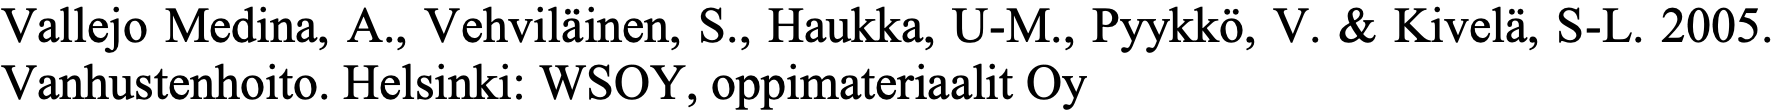
Vallejo Medina, A., Vehviläinen, S., Haukka, U-M., Pyykkö, V. & Kivelä, S-L. 2005. Vanhustenhoito. Helsinki: WSOY, oppimateriaalit Oy